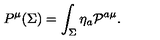
P ^ { \mu } ( \Sigma ) = \int _ { \Sigma } \eta _ { a } { \cal P } ^ { a \mu } .